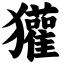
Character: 獾